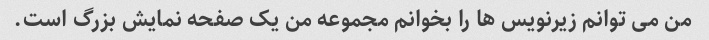
من می توانم زیرنویس ها را بخوانم مجموعه من یک صفحه نمایش بزرگ است.